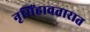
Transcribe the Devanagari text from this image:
नृसिंहावतारात